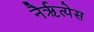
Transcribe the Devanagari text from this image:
नैर्ॠत्येस